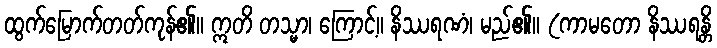
ထွက်မြောက်တတ်ကုန်၏။ ဣတိ တသ္မာ၊ ကြောင့်။ နိဿရဏံ၊ မည်၏။ (ကာမတော နိဿရန္တိ